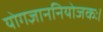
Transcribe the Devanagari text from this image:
योगज्ञाननियोजकः।